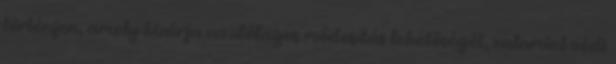
történjen, amely kizárja az utólagos módosítás lehetőségét, valamint védi